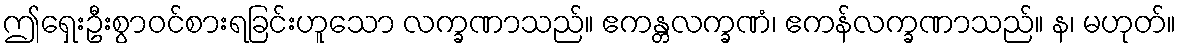
ဤရှေးဦးစွာဝင်စားရခြင်းဟူသော လက္ခဏာသည်။ ဧကန္တလက္ခဏံ၊ ဧကန်လက္ခဏာသည်။ န၊ မဟုတ်။